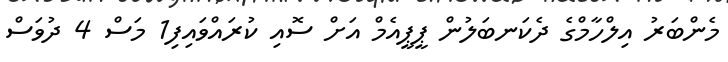
މެންބަރު އިލްހާމްގެ ދެކަނބަލުން ޕީޕީއެމް އަށް ސޮއި ކުރައްވައިފި1 މަސް 4 ދުވަސް